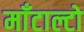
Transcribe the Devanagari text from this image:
माँटाल्टो